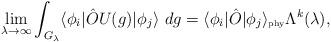
LaTeX: \begin{align*}\lim_{\lambda\rightarrow\infty}\int_{G_\lambda} \langle \phi_i|\hat{O}U(g)|\phi_j \rangle \ dg =\langle \phi_i|\hat{O}|\phi_j \rangle_{\mbox{\tiny phy}}\Lambda^k(\lambda),\end{align*}